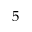
5